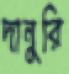
দানুরি